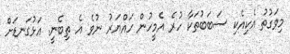
މިވަގުތު އެކިއެކި ސަބަބުތަކާ ހުރެ އެމީހުން ހައްޔަރު ނުވެ އެ ތިބެނީ. އަޅުގަނޑަށް